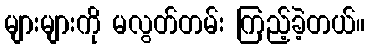
များများကို မလွတ်တမ်း ကြည့်ခဲ့တယ်။